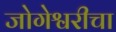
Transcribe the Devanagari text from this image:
जोगेश्वरीचा